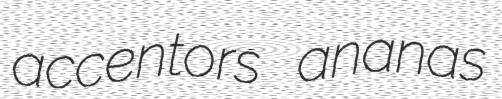
accentors ananas